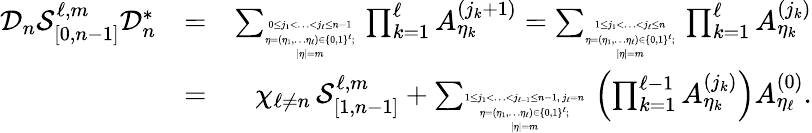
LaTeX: \begin{array}{rlr}{\mathcal{D}_{n}\mathcal{S}_{[0,n-1]}^{\ell,m}\mathcal{D}_{n}^{*}}&{=}&{\sum_{\tiny\begin{array}{c}{0\leq j_{1}<\ldots<j_{\ell}\leq n-1}\\ {\eta=(\eta_{1},\ldots\eta_{\ell})\in\{ 0,1\} ^{\ell};}\\ {|\eta|=m}\end{array}}\, \prod_{k=1}^{\ell}A_{\eta_{k}}^{(j_{k}+1)}=\sum_{\tiny\begin{array}{c}{1\leq j_{1}<\ldots<j_{\ell}\leq n}\\ {\eta=(\eta_{1},\ldots\eta_{\ell})\in\{ 0,1\} ^{\ell};}\\ {|\eta|=m}\end{array}}\, \prod_{k=1}^{\ell}A_{\eta_{k}}^{(j_{k})}}\\ &{=}&{\chi_{\ell\neq n}\, \mathcal{S}_{[1,n-1]}^{\ell,m}+\sum_{\tiny\begin{array}{c}{1\leq j_{1}<\ldots<j_{\ell-1}\leq n-1,\ j_{\ell}=n}\\ {\eta=(\eta_{1},\ldots\eta_{\ell})\in\{ 0,1\} ^{\ell};}\\ {|\eta|=m}\end{array}}\, \left(\prod_{k=1}^{\ell-1}A_{\eta_{k}}^{(j_{k})}\right)A_{\eta_{\ell}}^{(0)}.}\end{array}